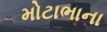
મોટાભાના